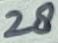
Text: 28